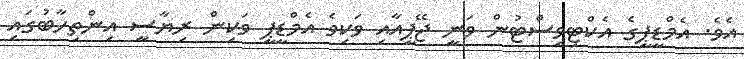
އެވެ. އެމްޑީޕީގެ އެކްޓިވިސްޓުން ވަނީ ޖޭޕީއާއި ވަކިވެ އެމްޑީޕީ ވަކިން ރިޔާސީ އިންތިހާބުގައި